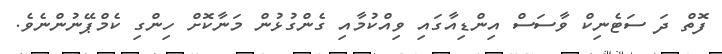
ފޮތް ދަ ސަޓެނިކް ވާސަސް އިންޑިއާގައި ވިއްކުމާއި ގެންގުޅުން މަނާކޮށް ހިންގި ކެމްޕޭނުންނެވެ.